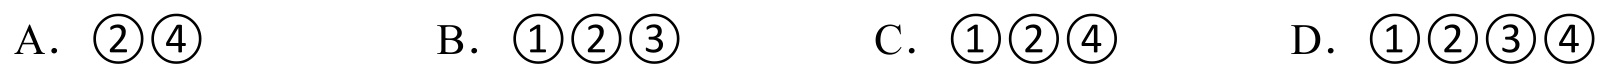
A. \textcircled{2}\textcircled{4}
B. \textcircled{1}\textcircled{2}\textcircled{3}
C. \textcircled{1}\textcircled{2}\textcircled{4}
D. \textcircled{1}\textcircled{2}\textcircled{3}\textcircled{4}